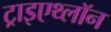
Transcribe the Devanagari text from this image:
ट्राइएथ्लॉन